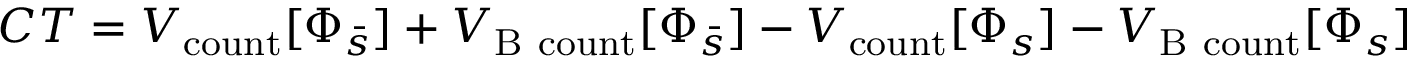
C T = V _ { \mathrm { c o u n t } } [ \Phi _ { \bar { s } } ] + V _ { \mathrm { B \ c o u n t } } [ \Phi _ { \bar { s } } ] - V _ { \mathrm { c o u n t } } [ \Phi _ { s } ] - V _ { \mathrm { B \ c o u n t } } [ \Phi _ { s } ]